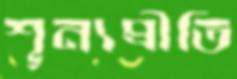
শূন্যপ্রীতি